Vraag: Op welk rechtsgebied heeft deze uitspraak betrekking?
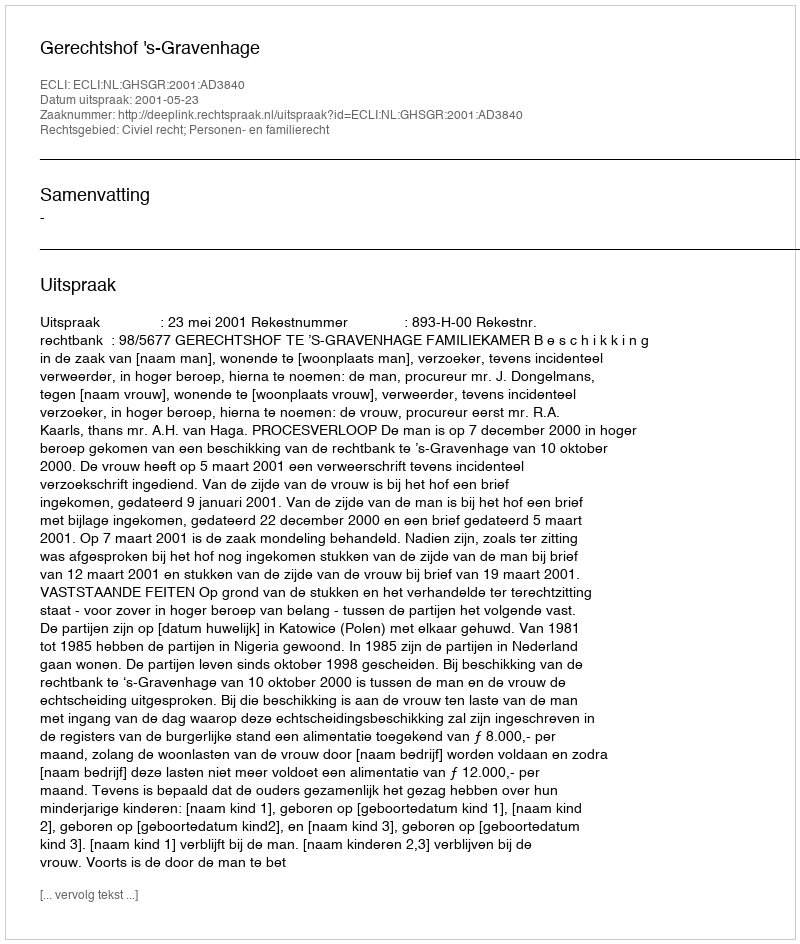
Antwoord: Civiel recht; Personen- en familierecht